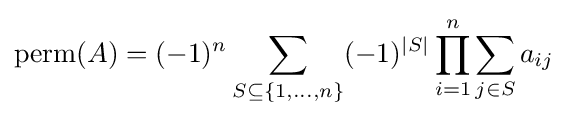
\operatorname {perm} (A)=(-1)^{n}\sum _{S\subseteq \{1,\dots ,n\}}(-1)^{|S|}\prod _{i=1}^{n}\sum _{j\in S}a_{ij}